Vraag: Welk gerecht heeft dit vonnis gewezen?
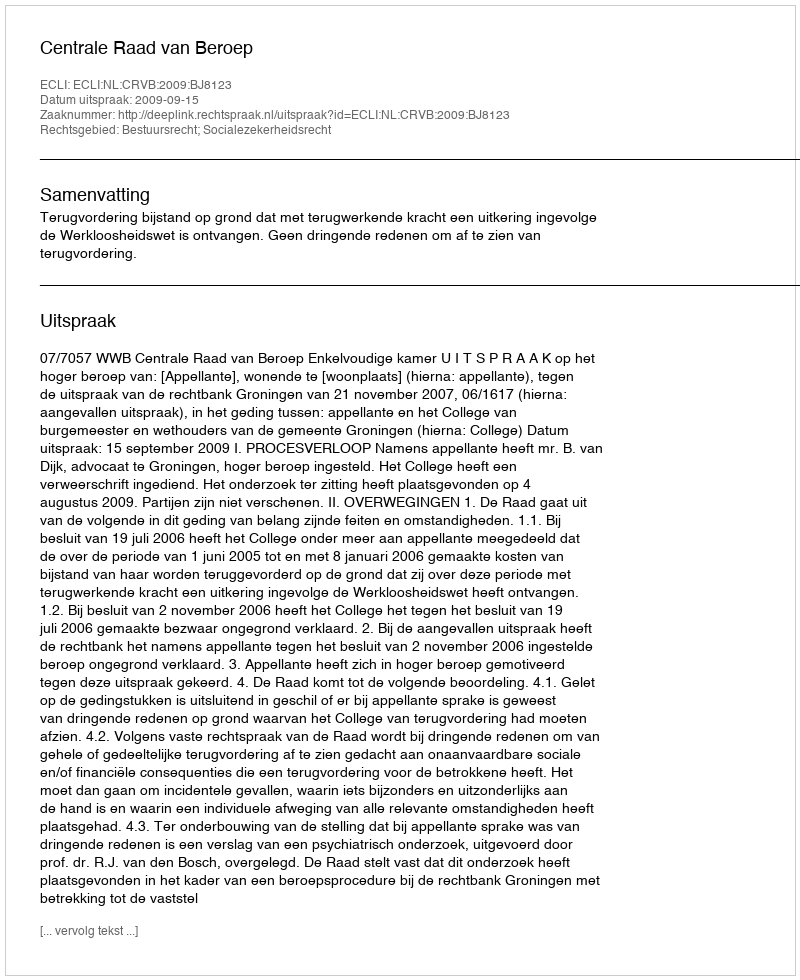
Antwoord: Centrale Raad van Beroep